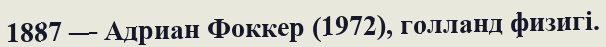
1887 — Адриан Фоккер (1972), голланд физигі.